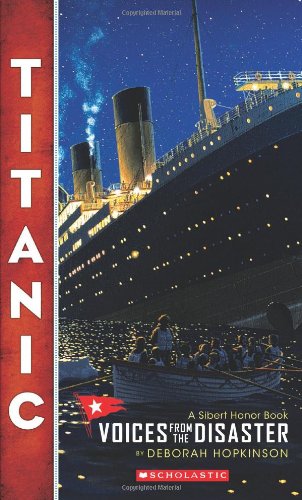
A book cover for Titanic: Voices From the Disaster; Deborah Hopkinson; Children's Books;